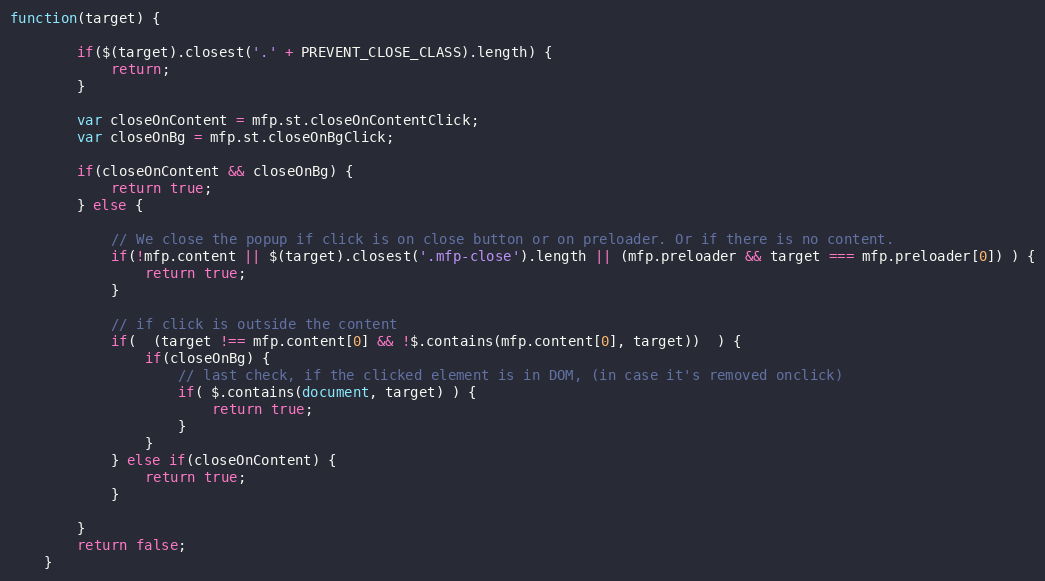
Language: JavaScript
function(target) {

		if($(target).closest('.' + PREVENT_CLOSE_CLASS).length) {
			return;
		}

		var closeOnContent = mfp.st.closeOnContentClick;
		var closeOnBg = mfp.st.closeOnBgClick;

		if(closeOnContent && closeOnBg) {
			return true;
		} else {

			// We close the popup if click is on close button or on preloader. Or if there is no content.
			if(!mfp.content || $(target).closest('.mfp-close').length || (mfp.preloader && target === mfp.preloader[0]) ) {
				return true;
			}

			// if click is outside the content
			if(  (target !== mfp.content[0] && !$.contains(mfp.content[0], target))  ) {
				if(closeOnBg) {
					// last check, if the clicked element is in DOM, (in case it's removed onclick)
					if( $.contains(document, target) ) {
						return true;
					}
				}
			} else if(closeOnContent) {
				return true;
			}

		}
		return false;
	}